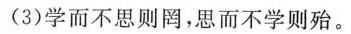
(3)学而不思则罔，思而不学则殆。